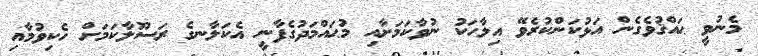
މެނުވީ ޙައްޤުވެގެން އަޅުކަންކުރެވޭ އިލާހަކު ނުވާކަމަށާއި މުޙައްމަދުގެފާނީ އެކަލާނގެ ރަސޫލާކަމަށް ހެކިވުމާއި